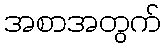
အစာအတွက်